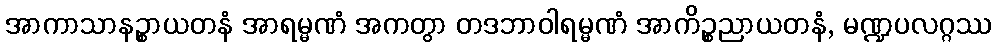
အာကာသာနဉ္စာယတနံ အာရမ္မဏံ အကတွာ တဒဘာဝါရမ္မဏံ အာကိဉ္စညာယတနံ, မဏ္ဍပလဂ္ဂဿ